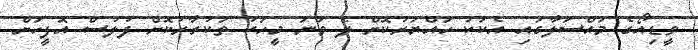
ވީޑިއޯގެ މައްސަލާގައި އެކަކު ހައްޔަރުކޮށް ދެ ވަނަ މީހަކު ތަކުރާރުކޮށް ފުލުސް އޮފީހަށް